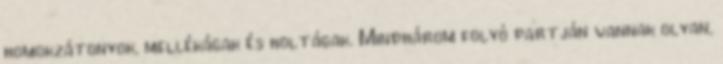
homokzátonyok, mellékágak és holtágak. Mindhárom folyó partján vannak olyan,